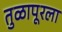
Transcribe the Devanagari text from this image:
तुळापूरला